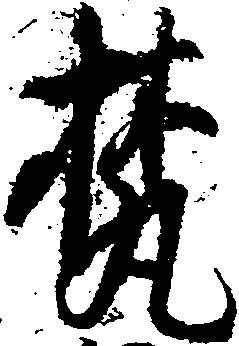
梵